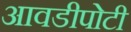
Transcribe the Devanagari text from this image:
आवडीपोटी